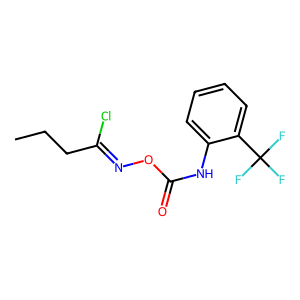
SMILES: CCCC(Cl)=NOC(=O)Nc1ccccc1C(F)(F)F
Inhibits HIV replication: No